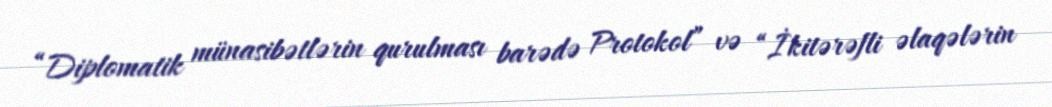
“Diplomatik münasibətlərin qurulması barədə Protokol” və “İkitərəfli əlaqələrin